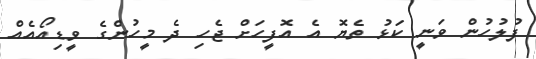
ފުލުހުން ވަނީ ކަޅު ތެޔޮ އެ އޮފީހަށް ޖެހި ދެ މީހުންގެ ވީޑިއޯއެއް